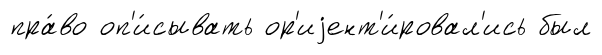
пра́во оп'и́сывать ор'иjент'и́ровал'ись был